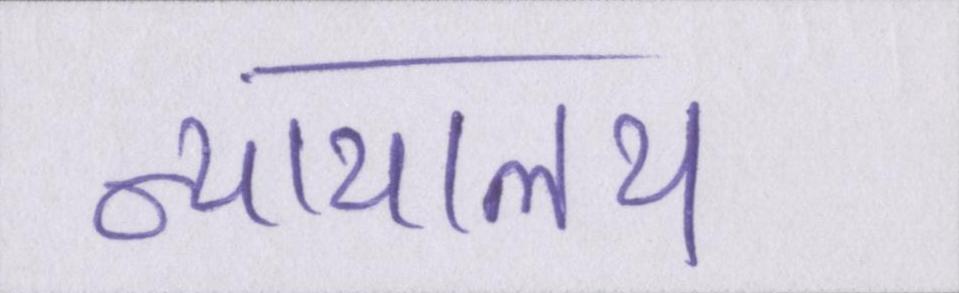
न्यायालय